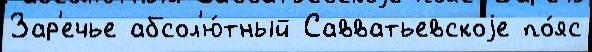
Зар'ечье абсол'ю́тный Савватьевскоjе по́яс